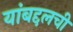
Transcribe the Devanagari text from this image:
यांबद्दलची